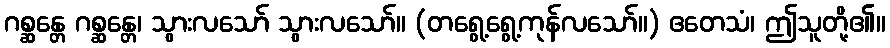
ဂစ္ဆန္တေ ဂစ္ဆန္တေ၊ သွားလသော် သွားလသော်။ (တရွေ့ရွေ့ကုန်လသော်။) ဧတေသံ၊ ဤသူတို့၏။